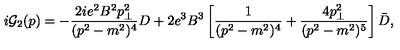
i { \cal G } _ { 2 } ( p ) = - { \frac { 2 i e ^ { 2 } B ^ { 2 } p _ { \bot } ^ { 2 } } { ( p ^ { 2 } - m ^ { 2 } ) ^ { 4 } } } D + 2 e ^ { 3 } B ^ { 3 } \left[ { \frac { 1 } { ( p ^ { 2 } - m ^ { 2 } ) ^ { 4 } } } + { \frac { 4 p _ { \bot } ^ { 2 } } { ( p ^ { 2 } - m ^ { 2 } ) ^ { 5 } } } \right] \bar { D } ,